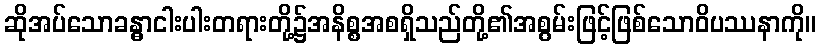
ဆိုအပ်သောခန္ဓာငါးပါးတရားတို့၌အနိစ္စအစရှိသည်တို့၏အစွမ်းဖြင့်ဖြစ်သောဝိပဿနာကို။